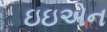
ઇઇએન